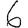
Digit: 6